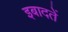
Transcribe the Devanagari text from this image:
इबादतें